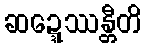
ဆဍ္ဍေဿန္တီတိ